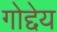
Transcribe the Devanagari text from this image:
गोद्देय